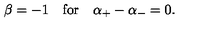
\beta = - 1 \quad \mathrm { f o r } \quad \alpha _ { + } - \alpha _ { - } = 0 .